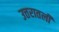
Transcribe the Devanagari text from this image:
उत्तरातली